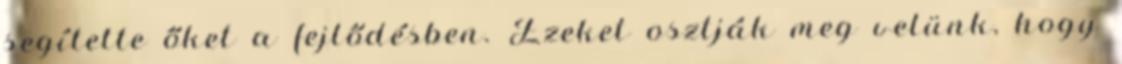
segítette őket a fejlődésben. Ezeket osztják meg velünk, hogy